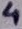
Text: 4